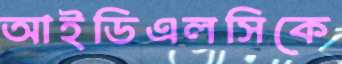
আইডিএলসিকে